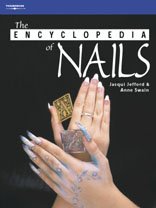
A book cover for The Encyclopedia of Nails (Hairdressing & Beauty Industry Authority); Jacqui Jefford; Health, Fitness & Dieting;